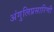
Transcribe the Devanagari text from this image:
अंगुलिप्रसारिणी